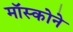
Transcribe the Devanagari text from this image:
मॉस्कोने